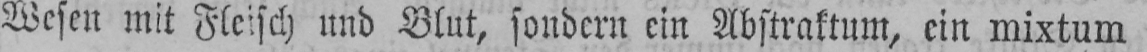
Wesen mit Fleisch und Blut, sondern ein Abstraktum, ein mixtum